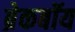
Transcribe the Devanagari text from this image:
ब्रेकबॉय